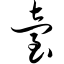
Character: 台